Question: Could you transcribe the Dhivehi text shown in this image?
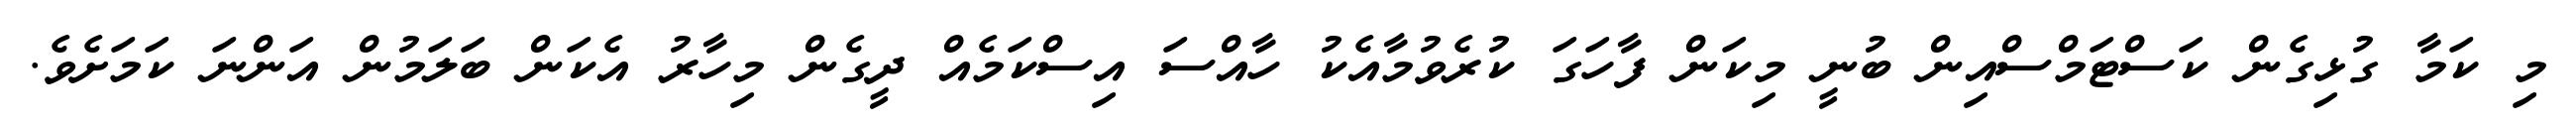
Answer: މި ކަމާ ގުޅިގެން ކަސްޓަމްސްއިން ބުނީ މިކަން ފާހަގަ ކުރެވުމާއެކު ހާއްސަ އިސްކަމެއް ދީގެން މިހާރު އެކަން ބަލަމުން އަންނަ ކަމަށެވެ.